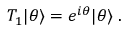
T _ { 1 } | \theta \rangle = e ^ { i \theta } | \theta \rangle \; .